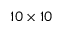
1 0 \times 1 0